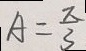
A = \frac { \pi } { 3 }